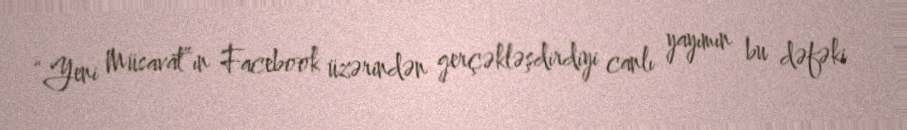
“Yeni Müsavat”ın Facebook üzərindən gerçəkləşdirdiyi canlı yayımın bu dəfəki